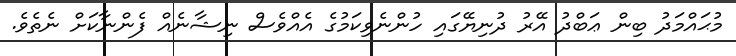
މުޙައްމަދު ބިން ޢަބްދު އޭރު ދުނިޔޭގައި ހުންނެވިކަމުގެ އެއްވެސް ނިޝާނެއް ފެންނާކަށް ނެތެވެ.